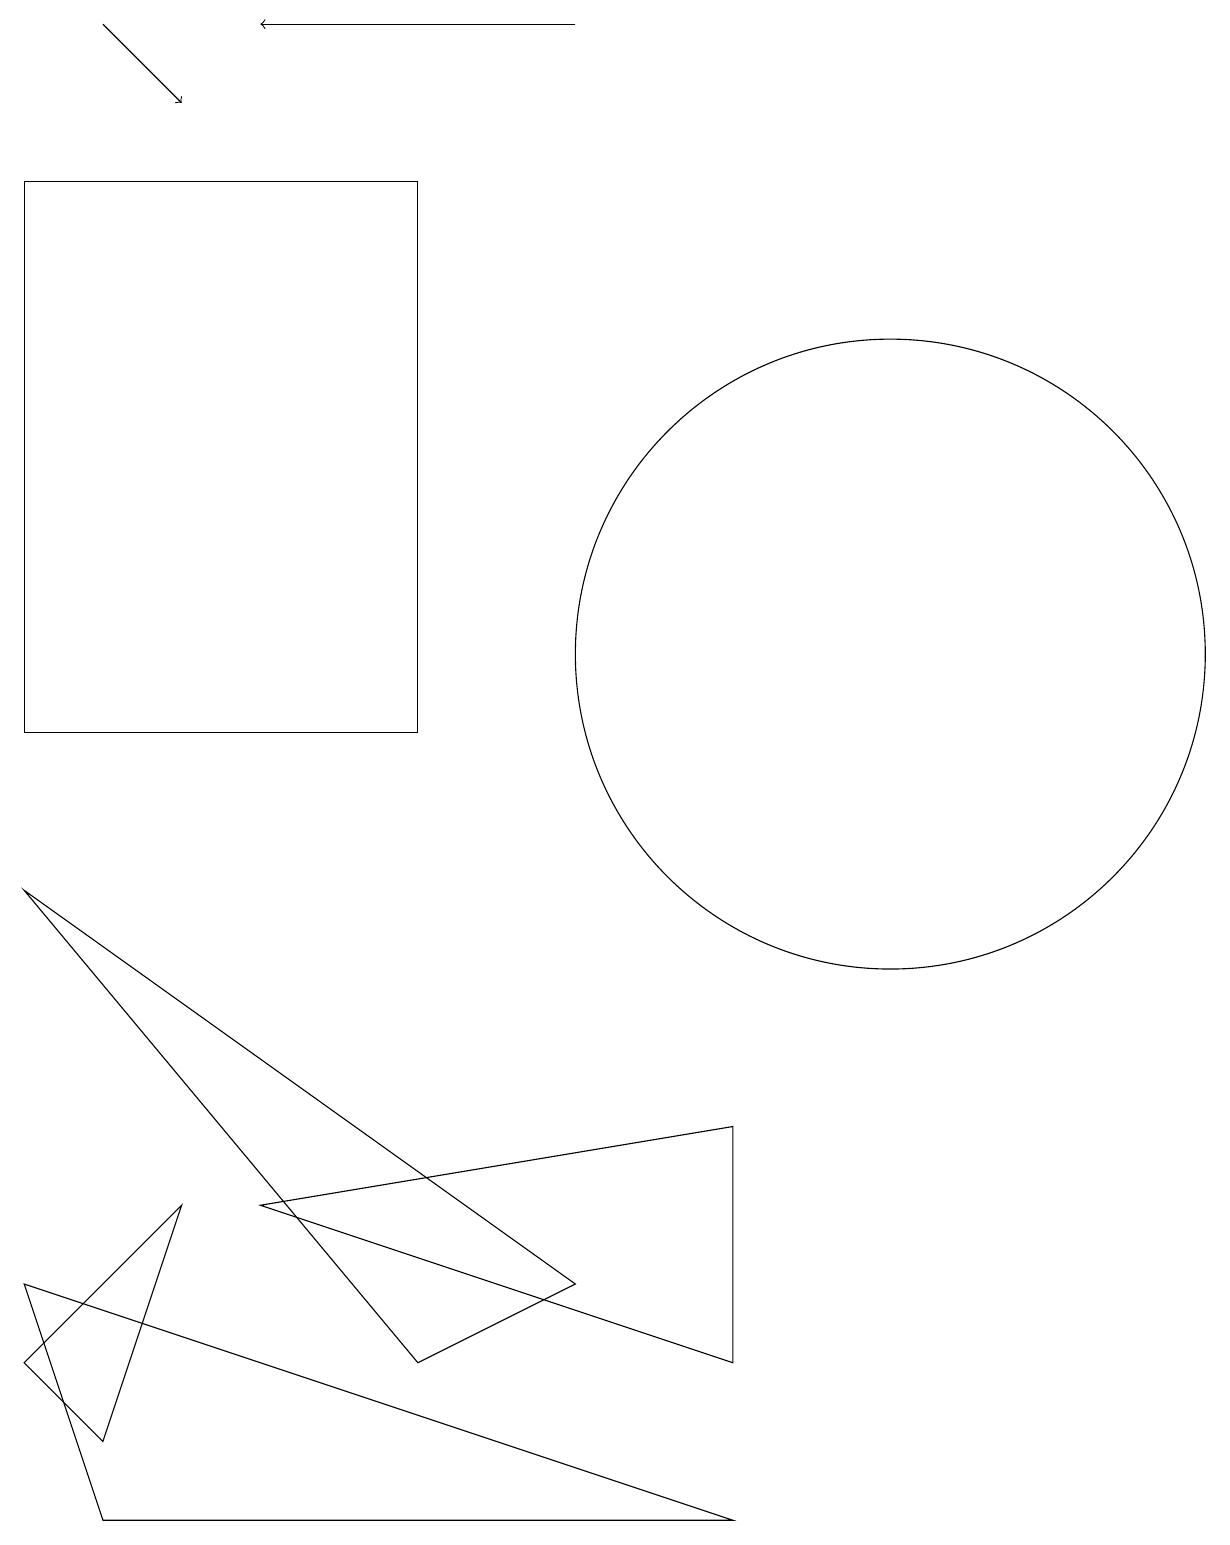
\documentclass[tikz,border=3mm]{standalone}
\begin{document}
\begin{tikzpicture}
\draw (0,3) -- (1,0) -- (9,0) -- cycle;
\draw[->] (1,19) -- (2,18);
\draw (11,11) circle (4);
\draw (0,17) rectangle (5,10);
\draw (1,1) -- (0,2) -- (2,4) -- cycle;
\draw[->] (7,19) -- (3,19);
\draw (9,5) -- (9,2) -- (3,4) -- cycle;
\draw (0,8) -- (7,3) -- (5,2) -- cycle;
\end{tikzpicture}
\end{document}